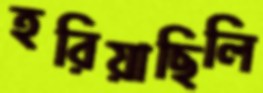
হরিয়াছিলি